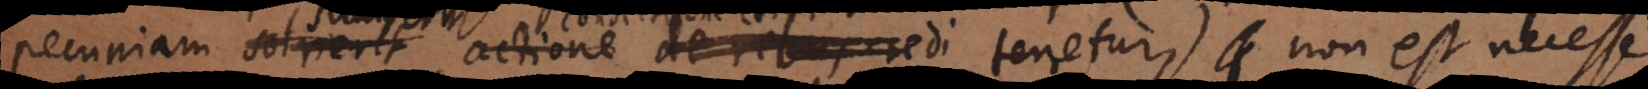
pecuniam sumserit condictione certi tenetur, non est necesse